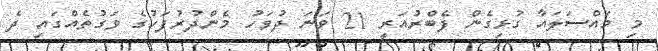
މި މައްސަލައާ ގުޅިގެން ފެބްރުއަރީ 21 ވަނަ ދުވަހު މެންދުރުފަހުގެ ވަގުތެއްގައި ދެ